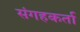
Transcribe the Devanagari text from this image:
संगहकर्ता